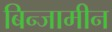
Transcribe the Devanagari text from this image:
बिन्जामीन